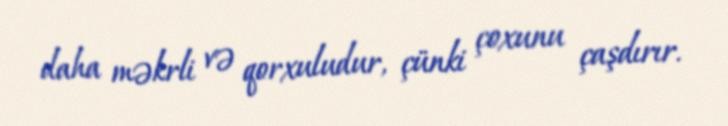
daha məkrli və qorxuludur, çünki çoxunu çaşdırır.